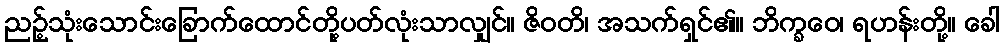
ညဉ့်သုံးသောင်းခြောက်ထောင်တို့ပတ်လုံးသာလျှင်။ ဇိဝတိ၊ အသက်ရှင်၏။ ဘိက္ခဝေ၊ ရဟန်းတို့။ ခေါ